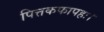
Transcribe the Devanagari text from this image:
पित्तकफापहः।